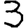
Digit: 3